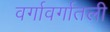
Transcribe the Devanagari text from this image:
वर्गावर्गातली